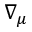
\nabla _ { \mu }